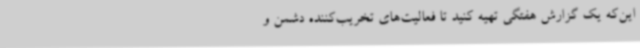
این‌که یک گزارش هفتگی تهیه کنید تا فعالیت‌های تخریب‌کننده دشمن و